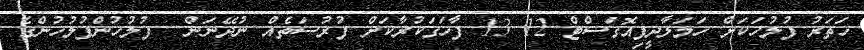
ހަތަރު ފުލުހަކަށް ހަމަލާދީފިއޮގަސްޓް 12 13 ފާހަގަކުރާކަށް ފުރުސަތެއް ނުދޭނަން  ފުލުހުންފުލުހުންގެ